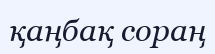
қаңбақ сораң